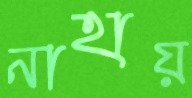
নাহায়